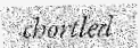
chortled